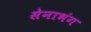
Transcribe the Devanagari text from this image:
सेनाभंग